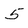
Character: 5